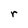
Character: r